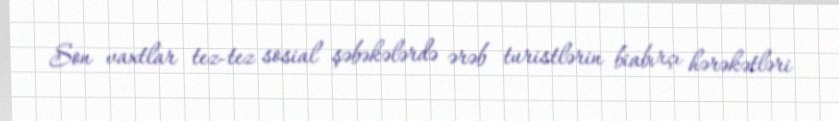
Son vaxtlar tez-tez sosial şəbəkələrdə ərəb turistlərin biabırçı hərəkətləri